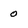
Character: o